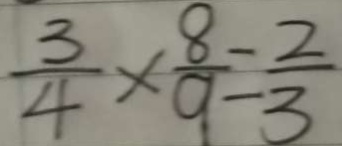
\frac { 3 } { 4 } \times \frac { 8 } { 9 } = \frac { 2 } { 3 }